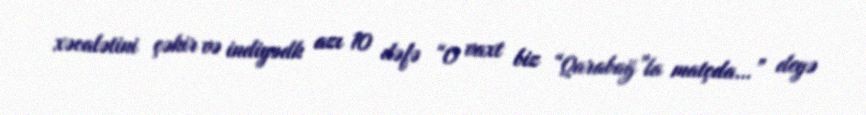
xəcalətini çəkir və indiyədk azı 10 dəfə “O vaxt biz “Qarabağ”la matçda…” deyə